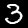
Label: 3